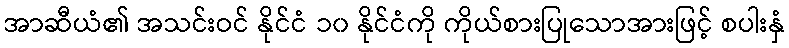
အာဆီယံ၏ အသင်းဝင် နိုင်ငံ ၁၀ နိုင်ငံကို ကိုယ်စားပြုသောအားဖြင့် စပါးနှံ